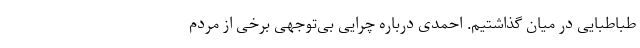
طباطبایی در میان گذاشتیم. احمدی درباره چرایی بی‌توجهی برخی از مردم